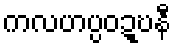
ကလဟပ္ပဝဍ္ဎနီ